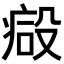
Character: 𣪪